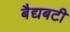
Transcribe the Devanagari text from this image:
बैद्यबटी